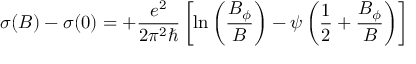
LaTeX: \sigma ( B ) - \sigma ( 0 ) = + { \frac { e ^ { 2 } } { 2 \pi ^ { 2 } \hbar } } \left[ \ln \left( { \frac { B _ { \phi } } { B } } \right) - \psi \left( { \frac { 1 } { 2 } } + { \frac { B _ { \phi } } { B } } \right) \right]